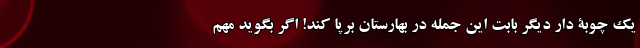
یک چوبۀ دار دیگر بابت این جمله در بهارستان برپا کند! اگر بگوید مهم